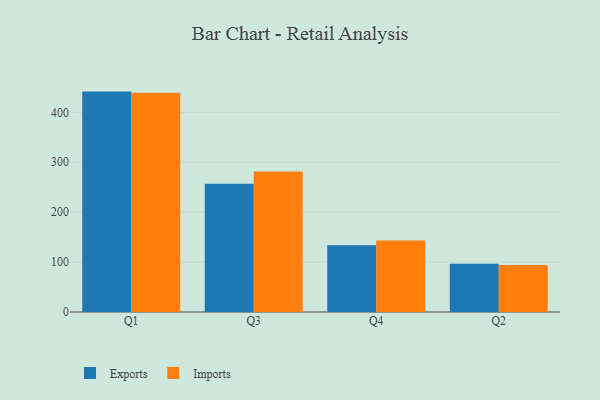
{"axis": {"x": "Quarter", "y": "Customer Acquisition Cost (USD)"}, "legend": ["Exports", "Imports"], "data": [{"x": "Q1", "y": 441.5, "type": "Exports"}, {"x": "Q1", "y": 439.2, "type": "Imports"}, {"x": "Q3", "y": 256.9, "type": "Exports"}, {"x": "Q3", "y": 281.5, "type": "Imports"}, {"x": "Q4", "y": 133.7, "type": "Exports"}, {"x": "Q4", "y": 143.3, "type": "Imports"}, {"x": "Q2", "y": 96.8, "type": "Exports"}, {"x": "Q2", "y": 94.3, "type": "Imports"}]}